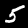
Digit: 5